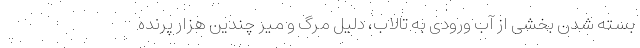
بسته شدن بخشی از آب ورودی به تالاب، دلیل مرگ و میر چندین هزار پرنده